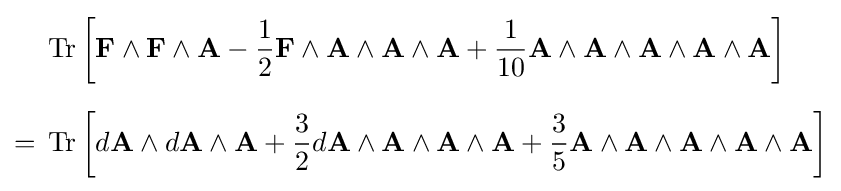
{\begin{aligned}&\operatorname {Tr} \left[\mathbf {F} \wedge \mathbf {F} \wedge \mathbf {A} -{\frac {1}{2}}\mathbf {F} \wedge \mathbf {A} \wedge \mathbf {A} \wedge \mathbf {A} +{\frac {1}{10}}\mathbf {A} \wedge \mathbf {A} \wedge \mathbf {A} \wedge \mathbf {A} \wedge \mathbf {A} \right]\\[6pt]={}&\operatorname {Tr} \left[d\mathbf {A} \wedge d\mathbf {A} \wedge \mathbf {A} +{\frac {3}{2}}d\mathbf {A} \wedge \mathbf {A} \wedge \mathbf {A} \wedge \mathbf {A} +{\frac {3}{5}}\mathbf {A} \wedge \mathbf {A} \wedge \mathbf {A} \wedge \mathbf {A} \wedge \mathbf {A} \right]\end{aligned}}